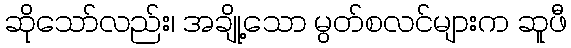
ဆိုသော်လည်း၊ အချို့သော မွတ်စလင်များက ဆူဖီ